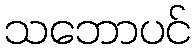
သဘောပင်